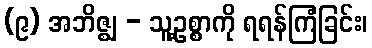
(၉) အဘိဇ္ဈ - သူ့ဥစ္စာကို ရရန်ကြံခြင်း၊